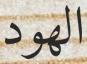
الھود